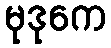
မုဒုကေ